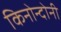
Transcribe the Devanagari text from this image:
किनोन्दोनी